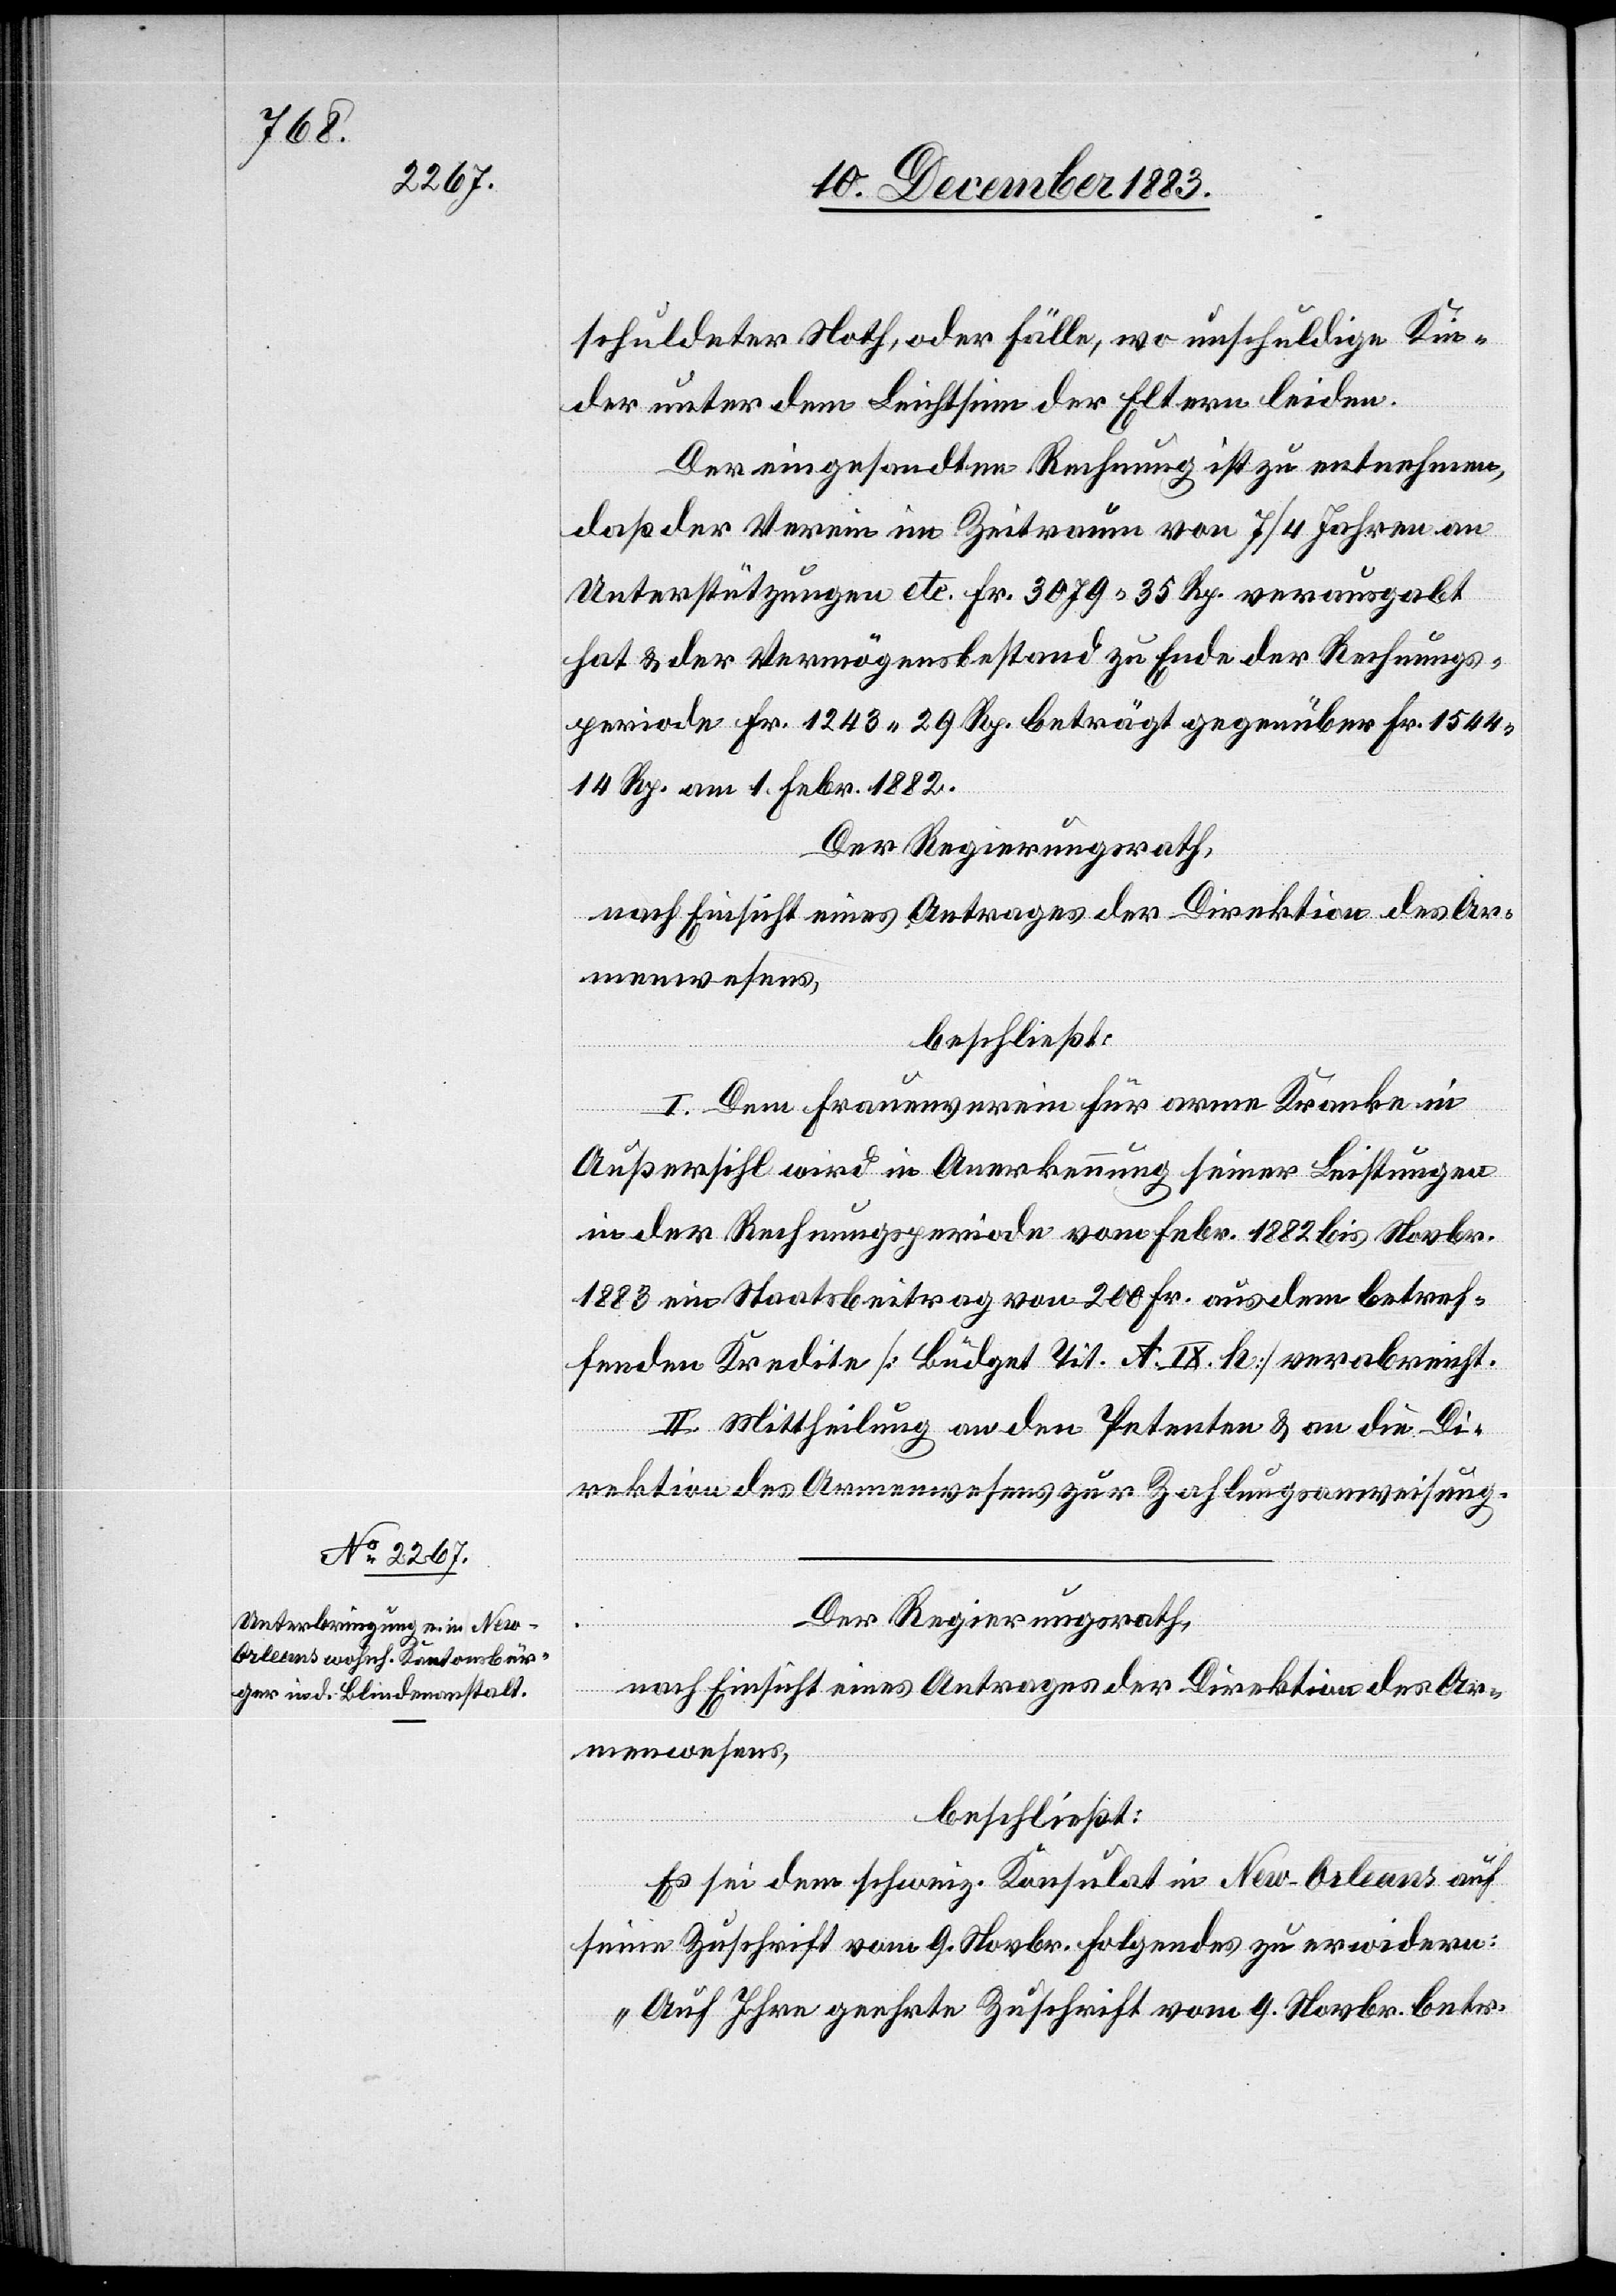
schuldeter Noth, oder Fälle, wo unschuldige Kin¬
der unter dem Leichtsinn der Eltern leiden.
Der eingesandten Rechnung ist zu entnehmen,
daß der Verein im Zeitraum von 7/4 Jahren an
Unterstützungen etc. Fr. 3079 35 Rp. verausgabt
hat & der Vermögensbestand zu Ende Rechnungs¬
periode Fr. 1243 29 Rp. beträgt gegenüber Fr. 1544
14 Rp. am 1. Febr. 1882.
Der Regierungsrath,
nach Einsicht eines Antrages der Direktion des Ar¬
menwesens,
beschließt:
I. Dem Frauenverein für arme Kranke in
Außersihl wird in Anerkennung seiner Leistungen
in der Rechnungsperiode vom Febr. 1882 bis Novbr.
1883 ein Staatsbeitrag von 200 Fr. aus dem betref¬
fenden Kredite [Büdget Tit. A. IX. h] verabreicht.
II. Mittheilung an den Petenten & an die Di¬
rektion des Armenwesens zur Zahlungsanweisung.
Der Regierungsrath,
nach Einsicht eines Antrages der Direktion des Ar¬
menwesens,
beschließt:
Es sei dem schweiz. Konsulat in New-Orleans auf
seine Zuschrift vom 9. Novbr. Folgendes zu erwidern:
„Auf Ihre geehrte Zuschrift vom 9. Novbr. betr.